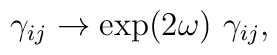
\gamma_{ij} \to \exp(2\omega)\ \gamma_{ij},